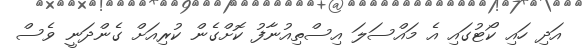
އަދި ހައި ކޯޓުގައި އެ މައްސަލަ އިސްތިއުނާފު ކޮށްގެން ކުރިއަށް ގެންދަނީ ވެސް